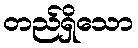
တည်ရှိသော